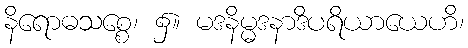
နိရောဓသစ္စေ၊ ၌။ မဒနိမ္မဒနာဒိပရိယာယေဟိ၊